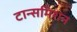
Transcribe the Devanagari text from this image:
टान्समिशन